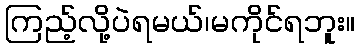
ကြည့်လို့ပဲရမယ်၊မကိုင်ရဘူး။